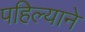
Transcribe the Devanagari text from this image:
पहिल्याने